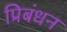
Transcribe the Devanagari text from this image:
प्रिबंधन